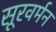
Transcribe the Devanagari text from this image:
सूरवर्मन